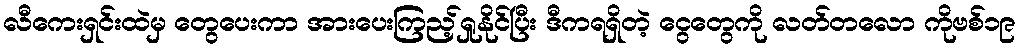
လီကေးရှင်းထဲမှ တွေပေးကာ အားပေးကြည့်ရှုနိုင်ပြီး ဒီကရရှိတဲ့ ငွေတွေကို လတ်တလော ကိုဗစ်၁၉